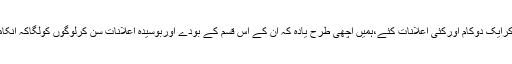
مراد علی شاہ جب نئےنویلےدلہا کی طرح وزارت اعلیٰ کےمنصب پرفائزہوئےتھےتب جوش میں آکرایک دوکام اورکئی اعلانات کئے،ہمیں اچھی طرح یادہ کہ ان کے اس قسم کے بودے اوربوسیدہ اعلانات سن کرلوگوں کولگاکہ انکامسیحا آگیاہے،گزرتے وقت کے ساتھ مراد علی شاہ جہانگیر پارک صدر سے باہر ہی نہ نکل سکے۔